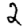
Digit: 2